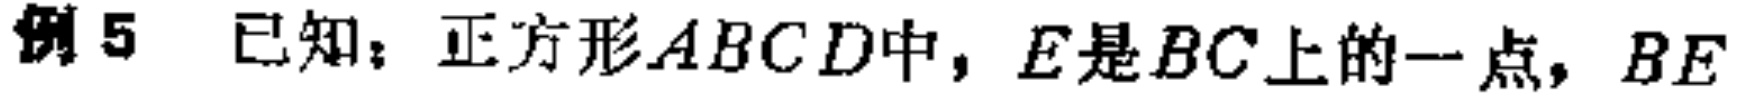
例5 已知：正方形\(ABCD\)中，\(E\)是\(BC\)上的一点，\(BE\)